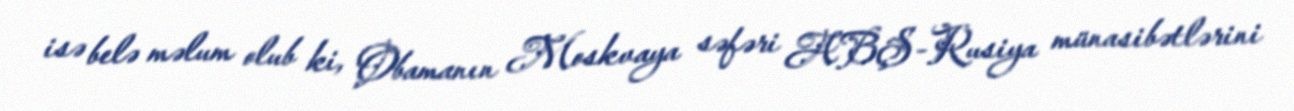
isə belə məlum olub ki, Obamanın Moskvaya səfəri ABŞ-Rusiya münasibətlərini